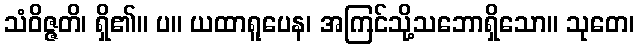
သံဝိဇ္ဇတိ၊ ရှိ၏။ ပ။ ယထာရူပေန၊ အကြင်သို့သဘောရှိသော။ သုတေ၊